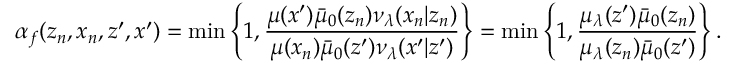
\alpha _ { f } ( z _ { n } , x _ { n } , z ^ { \prime } , x ^ { \prime } ) = \operatorname* { m i n } \left\{ 1 , \frac { \mu ( x ^ { \prime } ) \bar { \mu } _ { 0 } ( z _ { n } ) \nu _ { \lambda } ( x _ { n } | z _ { n } ) } { \mu ( x _ { n } ) \bar { \mu } _ { 0 } ( z ^ { \prime } ) \nu _ { \lambda } ( x ^ { \prime } | z ^ { \prime } ) } \right\} = \operatorname* { m i n } \left\{ 1 , \frac { \mu _ { \lambda } ( z ^ { \prime } ) \bar { \mu } _ { 0 } ( z _ { n } ) } { \mu _ { \lambda } ( z _ { n } ) \bar { \mu } _ { 0 } ( z ^ { \prime } ) } \right\} .